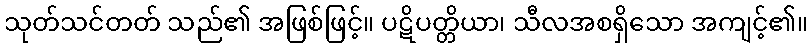
သုတ်သင်တတ် သည်၏ အဖြစ်ဖြင့်။ ပဋိပတ္တိယာ၊ သီလအစရှိသော အကျင့်၏။